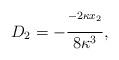
LaTeX: \begin{align*}D_2=-\frac{^{-2\kappa x_2}}{8\kappa^3},\end{align*}